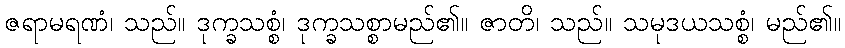
ဇရာမရဏံ၊ သည်။ ဒုက္ခသစ္စံ၊ ဒုက္ခသစ္စာမည်၏။ ဇာတိ၊ သည်။ သမုဒယသစ္စံ၊ မည်၏။